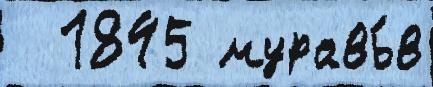
  1845 муравь́в